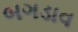
બગડાવ